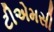
ટીએમસી